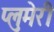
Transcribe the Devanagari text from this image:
प्लुमेरी